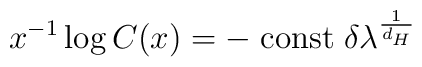
x^{-1} \log{C(x)} = - \; \mbox{\rm const} \;\delta \lambda^{1 \over {d_H}}